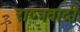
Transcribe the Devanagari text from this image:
राष्त्रवादी